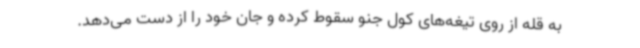
به قله از روی تیغه‌های کول جنو سقوط کرده و جان خود را از دست می‌دهد.